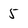
Character: 5